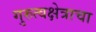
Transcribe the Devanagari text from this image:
गुरुत्वक्षेत्राचा